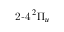
{ \operatorname { 2 - 4 } } \phantom { A } \! \! \! ^ { 2 } \Pi _ { u }